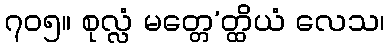
၇၀၅။ စုလ္လံ မတ္တေ’တ္ထိယံ လေသ၊